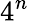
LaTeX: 4^{n}